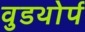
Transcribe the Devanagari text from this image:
वुडथोर्प